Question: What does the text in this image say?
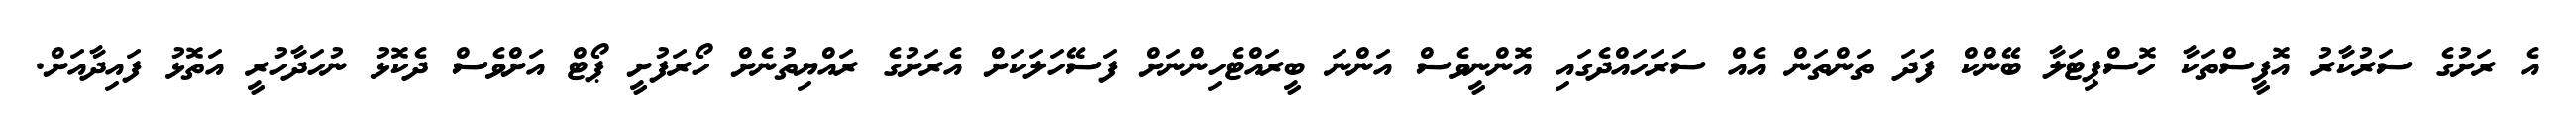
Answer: އެ ރަށުގެ ސަރުކާރު އޮފީސްތަކާ ހޮސްޕިޓަލާ ބޭންކް ފަދަ ތަންތަން އެއް ސަރަހައްދެގައި އޮންނީވެސް އަންނަ ބީރައްޓެހިންނަށް ފަސޭހަލަކަށް އެރަށުގެ ރައްޔިތުނެށް ހޯރަފުށީ ޕޯޓް އަށްވެސް ދެކޮޅު ނުހަދާހުރީ އަތޮޅު ފައިދާއަށް.